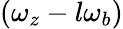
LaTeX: (\omega_{z}-l\omega_{b})